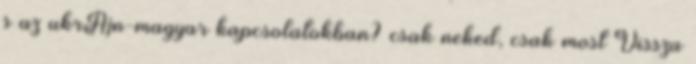
s az ukrÃ¡n-magyar kapcsolatokban? csak neked, csak most Vissza